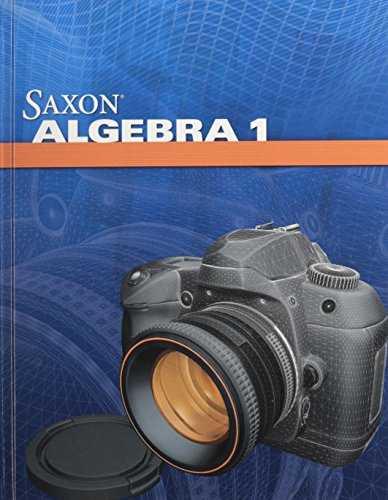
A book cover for Saxon Algebra 1: Student Edition 2009; SAXON PUBLISHERS; Teen & Young Adult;